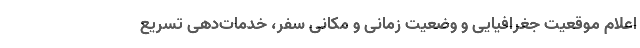
اعلام موقعیت جغرافیایی و وضعیت زمانی و مکانی سفر، خدمات‌دهی تسریع